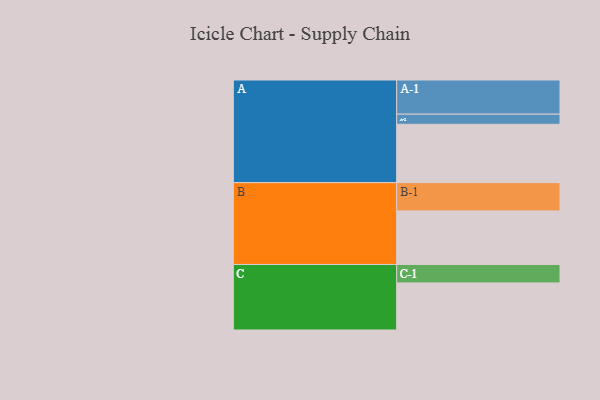
{"axis": {"x": "Segment", "y": "Value"}, "legend": ["", "A", "B", "C"], "data": [{"x": "A", "y": 497, "type": ""}, {"x": "B", "y": 456, "type": ""}, {"x": "C", "y": 401, "type": ""}, {"x": "A-1", "y": 291, "type": "A"}, {"x": "A-2", "y": 86, "type": "A"}, {"x": "B-1", "y": 241, "type": "B"}, {"x": "C-1", "y": 157, "type": "C"}]}